Black-water fever - Number 35
Disease focus: Fever
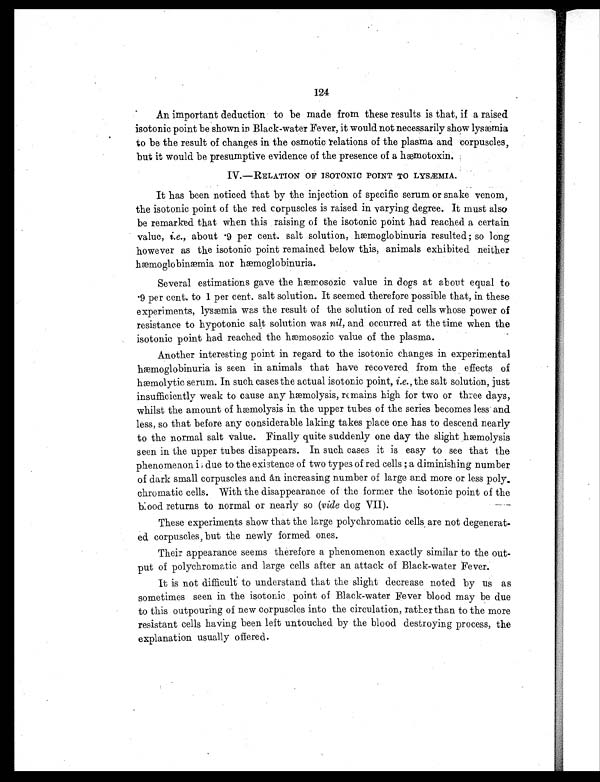
124
An important deduction to be made from these results is that, if a raised
isotonic point be shown in Black-water Fever, it would not necessarily show lysæmia
to be the result of changes in the osmotic relations of the plasma and corpuscles,
but it would be presumptive evidence of the presence of a hæmotoxin.
IV.-RELATION OF ISOTONIC POINT TO LYSÆMIA.
It has been noticed that by the injection of specific serum or snake venom,
the isotonic point of the red corpuscles is raised in varying degree. It must also
be remarked that when this raising of the isotonic point had reached a certain
value, i.e., about 9 per cent. salt solution, hæmoglobinuria resulted ; so long
however as the isotonic point remained below this, animals exhibited neither
hæmoglobinæmia nor hæmoglobinuria.
Several estimations gave the hæmosozic value in dogs at about equal to
9 per cent. to 1 per cent. salt solution. It seemed therefore possible that, in these
experiments, lysæmia was the result of the solution of red cells whose power of
resistance to hypotonic salt solution was nil, and occurred at the time when the
isotonic paint had reached the hæmosozic value of the plasma.
Another interesting point in regard to the isotonic changes in experimental
hæmoglobinuria is seen in animals that have recovered from the effects of
hæmolytic serum. In such cases the actual isotonic point, i.e., the salt solution, just
insufficiently weak to cause any hæmolysis, remains high for two or three days,
whilst the amount of hæmolysis in the upper tubes of the series becomes less and
less, so that before any considerable laking takes place one has to descend nearly
to the normal salt value. Finally quite suddenly one day the slight hæmolysis
seen in the upper tubes disappears. In such cases it is easy to see that the
p h e n o me n o n i , d u e t o t h e e x i s t e n c e o f t wo t y p e s o f r e d c e l l s ; a d i mi n i s h i n g n u mb e r
of dark small corpuscles and an increasing number of large and more or less poly
– c h r o m a t i c c e l l s . W i t h t h e d i s a p p e a r a n c e o f t h e f o r m e r t h e i s o t o n i c p o i n t o f t h e
blood returns to normal or nearly so (vide dog VII).
These experiments show that the large polychromatic cells are not degenerat-
ed corpuscles, but the newly formed ones.
Their appearance seems therefore a phenomenon exactly similar to the out-
put of polychromatic and large cells after an attack of Black-water Fever.
It is not difficult to understand that the slight decrease noted by us as
sometimes seen in the isotonic point of Black-water Fever blood may be due
to this outpouring of new corpuscles into the circulation, rather than to the more
resistant cells having been left untouched by the blood destroying process, the
explanation usually offered.